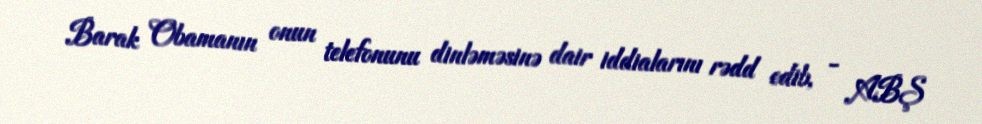
Barak Obamanın onun telefonunu dinləməsinə dair iddialarını rədd edib, - ABŞ